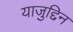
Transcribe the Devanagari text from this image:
याजुद्दिन